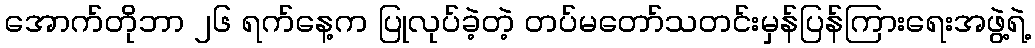
အောက်တိုဘာ ၂၆ ရက်နေ့က ပြုလုပ်ခဲ့တဲ့ တပ်မတော်သတင်းမှန်ပြန်ကြားရေးအဖွဲ့ရဲ့